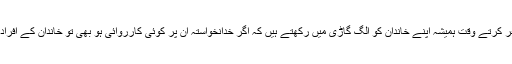
رانا ثناءاللہ کی عادت ہے کہ وہ سفر کرتے وقت ہمیشہ اپنے خاندان کو الگ گاڑی میں رکھتے ہیں کہ اگر خدانخواستہ ان پر کوئی کارروائی ہو بھی تو خاندان کے افراد محفوظ رہیں، اس بار بھی یہی ہوا۔